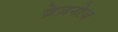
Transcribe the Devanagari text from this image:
ब्रेज़नोज़